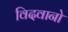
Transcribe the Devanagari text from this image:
विदवानो